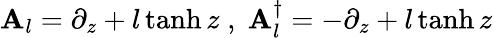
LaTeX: \mathbf{A}_{l}=\partial_{z}+l\operatorname{tanh}z\textrm{{}}\; ,\; \textrm{{}}\mathbf{A}_{l}^{\dagger}=-\partial_{z}+l\operatorname{tanh}z